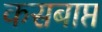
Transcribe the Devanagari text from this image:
कसबाप्त